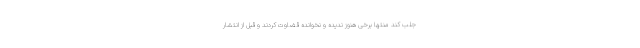
جلب کند منتها برخی هنوز ندیده و نخوانده قضاوت کردند و قبل از انتشار